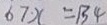
6 7 \cdot x = 1 3 4